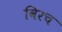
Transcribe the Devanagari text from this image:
विरच